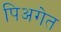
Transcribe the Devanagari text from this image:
पिअगेत